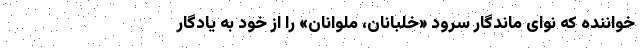
خواننده که نوای ماندگار سرود «خلبانان، ملوانان» را از خود به یادگار